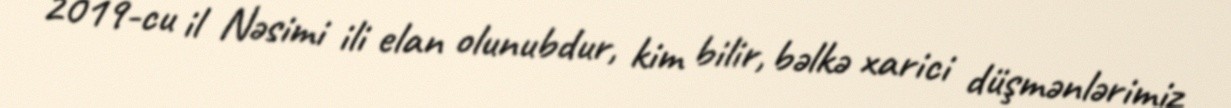
2019-cu il Nəsimi ili elan olunubdur, kim bilir, bəlkə xarici düşmənlərimiz